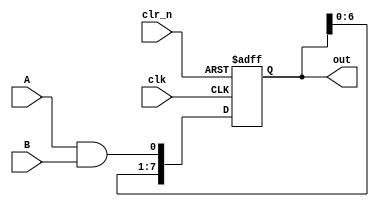
`timescale 1ns / 1ps
//////////////////////////////////////////////////////////////////////////////////
// Company: 
// Engineer: 
// 
// Design Name: 
// Module Name: ttl_74164
// Project Name: 
// Target Devices: 
// Tool Versions: 
// Description: 
// 
// Dependencies: 
// 
// Revision:
// Revision 0.01 - File Created
// Additional Comments:
// 
//////////////////////////////////////////////////////////////////////////////////


module ttl_74164(
    input               clk,
    input               A,
    input               B,
    input               clr_n,
    output reg [7:0]    out  = 0
    );
    
always @(posedge clk or negedge clr_n) begin
    if (!clr_n) out <= 'h0;
    else begin
        out[0] <= A && B;
        out[1] <= out[0];
        out[2] <= out[1];
        out[3] <= out[2];
        out[4] <= out[3];
        out[5] <= out[4];
        out[6] <= out[5];
        out[7] <= out[6];
    end
end
endmodule